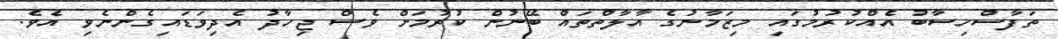
ތަފާސްހިސާބު އެއްކުރުމުގައި މިޒަމާނުގެ އާލާތްތައް ބޭނުން ކުރުމަށް ވެސް ޖިހާދު އެދިވަޑައިގެންނެވި އެވެ.